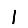
Digit: 1